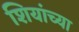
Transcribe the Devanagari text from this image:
शियांच्या